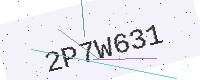
Text: 2P7W631